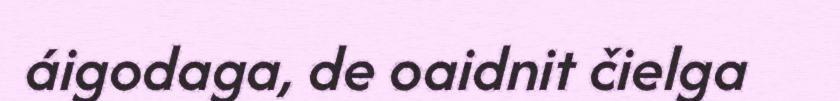
áigodaga, de oaidnit čielga